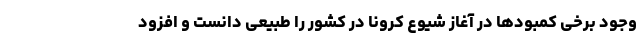
وجود برخی کمبودها در آغاز شیوع کرونا در کشور را طبیعی دانست و افزود